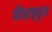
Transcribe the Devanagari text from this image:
डीहाइड्रल